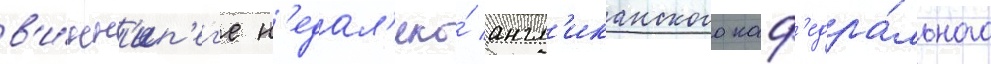
в'и́нн'ип'ег'е н'едал'еко́ англ'иканского каф'едра́льного